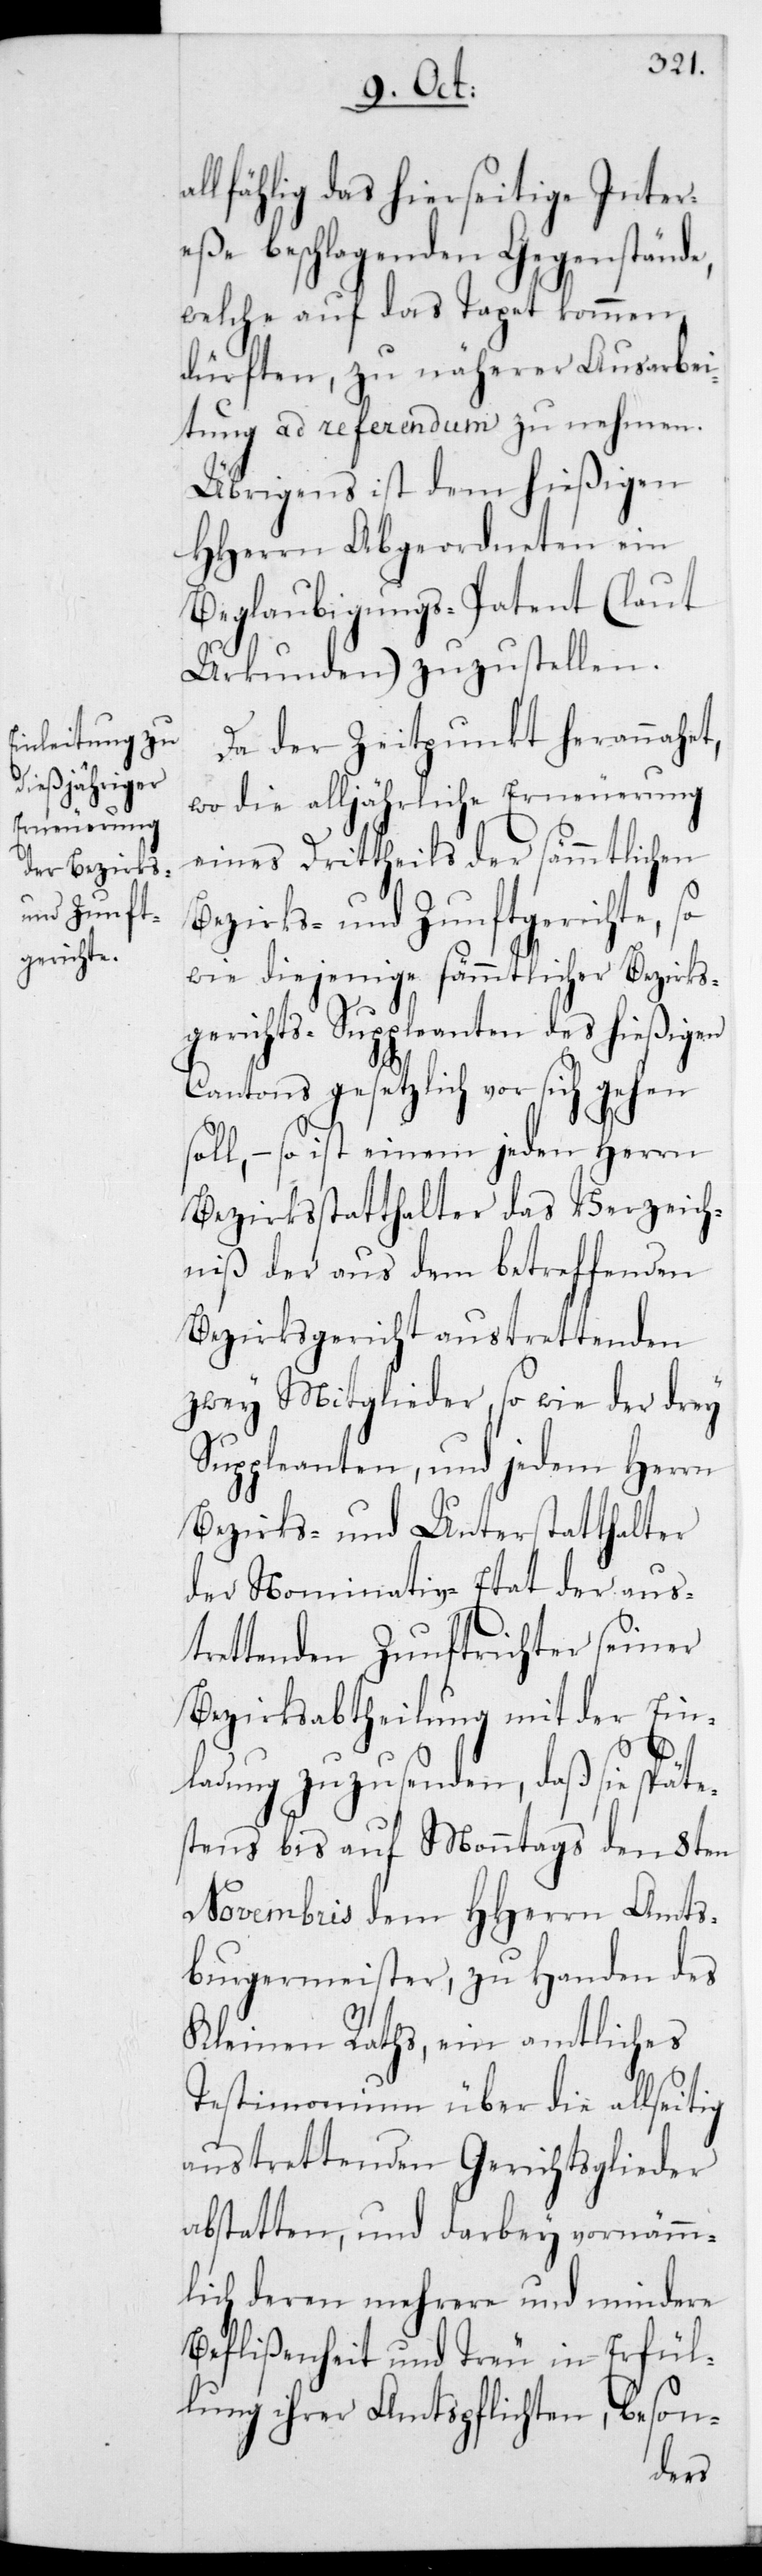
allfählig das hierseitige Inter¬
eße beschlagenden Gegenstände,
welche auf das Tapet kommen
dürften, zu näherer Ausarbei¬
tung ad referendum zu nehmen.
Übrigens ist dem hießigen
HHerrn Abgeordneten ein
Beglaubigungs-Patent (laut
Urkunden) zuzustellen.
Da der Zeitpunkt herannahet,
wo die alljährliche Erneuerung
eines Drittheils der sämmtlichen
Bezirks- und Zunftgerichte, so¬
wie diejenige sämmtlicher Bezirks¬
gerichts-Suppleanten des hießigen
Cantons gesetzlich vor sich gehen
soll, – so ist einem jeden Herrn
Bezirksstatthalter das Verzeich¬
niß der aus dem betreffenden
Bezirksgericht austrettenden
zwey Mitglieder, sowie der drey
Suppleanten, und jedem Herrn
Bezirks- und Unterstatthalter
der Nominativ-Etat der aus¬
trettenden Zunftrichter seiner
Bezirksabtheilung mit der Ein¬
ladung zuzusenden, daß sie spät¬
tens bis auf Monntags den 8ten
Novembris dem HHerren Amts¬
burgermeister, zu Handen des
Kleinen Rats, ein amtliches
Testimonium über die allseitig
austrettenden Gerichtsglieder
abstatten, und darbey vornehm¬
lich deren mehrere und mindere
Beflißenheit und Treu in Erfül¬
lung ihrer Amtspflichten, beson-
es¬